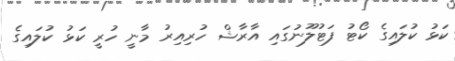
ކަޅު ކުލައިގެ ކޯޓު ފަޓުލޫނުގައި އާރާޝް ހުރިއިރު މާނީ ހުރީ ކަޅު ކުލައިގެ